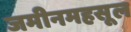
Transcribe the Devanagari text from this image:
जमीनमहसूल